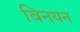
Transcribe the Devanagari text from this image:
विनयन